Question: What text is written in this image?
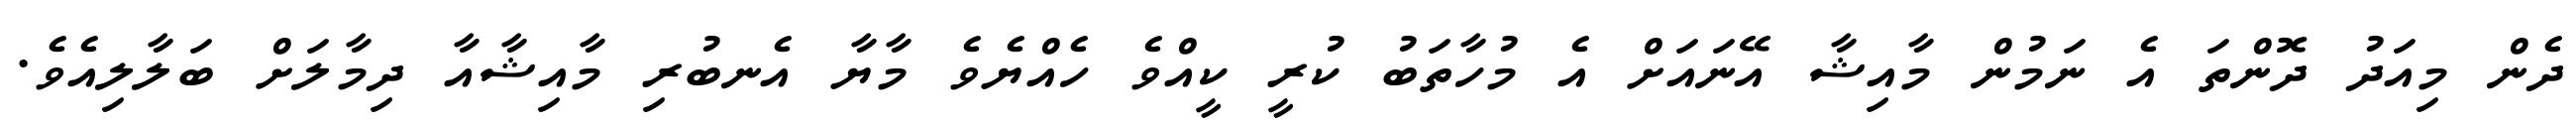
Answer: ދެން މިއަދު ދޮންތަ އެ ނަމުން މާއިޝާ އޭނައަށް އެ މުހާތަބު ކުރީ ކީއްވެ ހެއްޔެވެ މާޔާ އެނބުރި މާއިޝާއާ ދިމާލަށް ބަލާލިއެވެ.